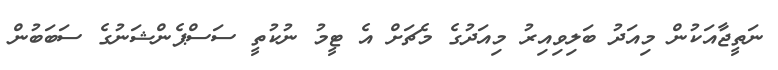
ނަތީޖާއަކުން މިއަދު ބަލިވިއިރު މިއަދުގެ މެޗަށް އެ ޓީމު ނުކުތީ ސަސްޕެންޝަނުގެ ސަބަބުން